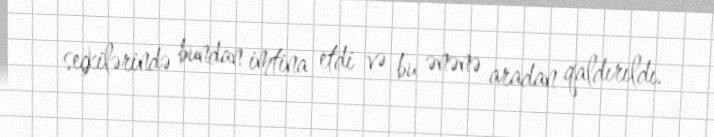
seçkilərində bundan imtina etdi və bu ənənə aradan qaldırıldı.